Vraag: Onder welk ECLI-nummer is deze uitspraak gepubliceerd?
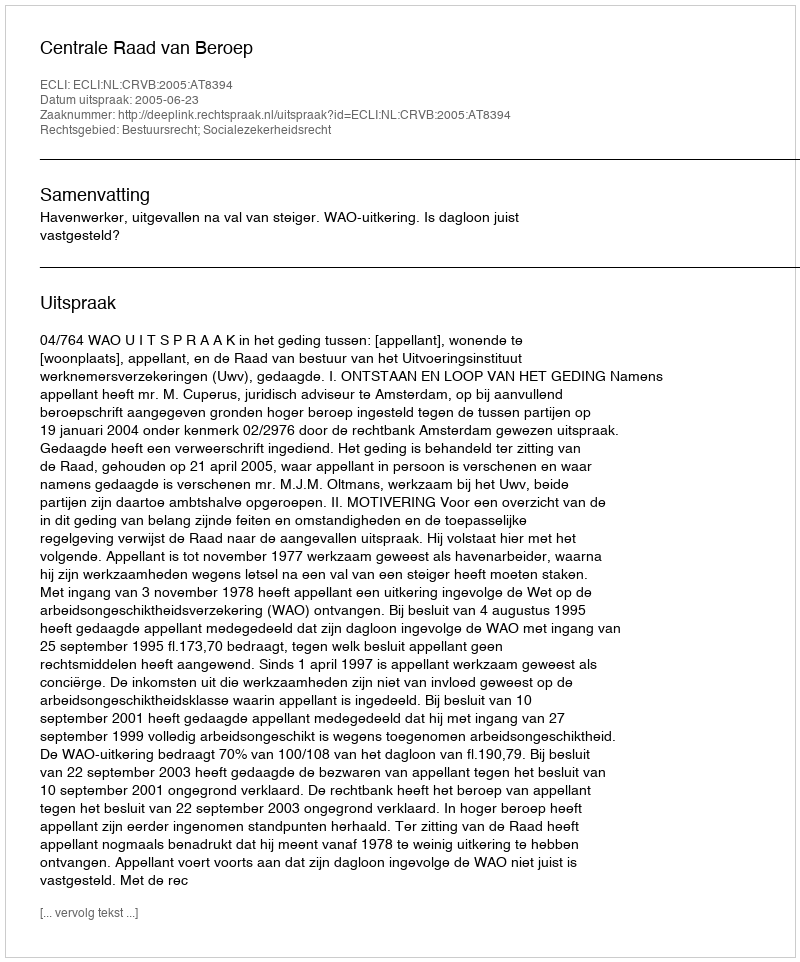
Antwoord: ECLI:NL:CRVB:2005:AT8394